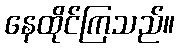
နေထိုင်ကြသည်။